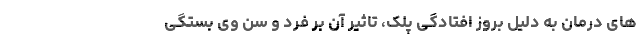
های درمان به دلیل بروز افتادگی پلک، تاثیر آن بر فرد و سن وی بستگی